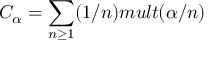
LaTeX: C _ { \alpha } = \sum _ { n \geq 1 } ( 1 / n ) m u l t ( \alpha / n )